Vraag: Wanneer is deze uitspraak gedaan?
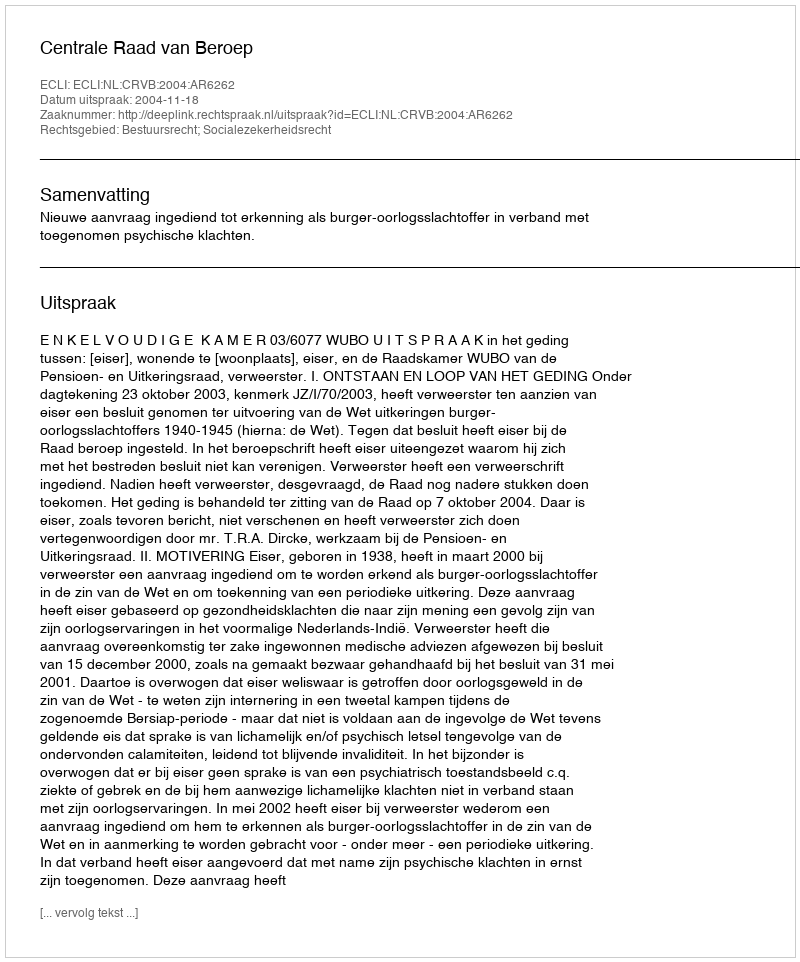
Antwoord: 2004-11-18